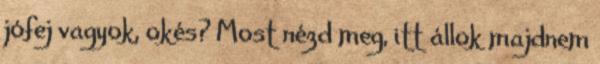
jófej vagyok, okés? Most nézd meg, itt állok majdnem